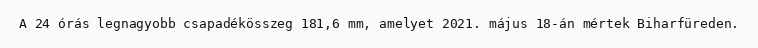
A 24 órás legnagyobb csapadékösszeg 181,6 mm, amelyet 2021. május 18-án mértek Biharfüreden.